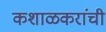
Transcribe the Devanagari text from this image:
कशाळकरांची